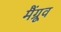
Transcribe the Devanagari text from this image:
मैंग्रूव